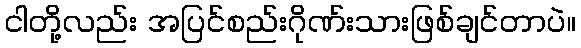
ငါတို့လည်း အပြင်စည်းဂိုဏ်းသားဖြစ်ချင်တာပဲ။